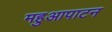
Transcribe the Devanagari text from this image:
महुआपाटन